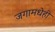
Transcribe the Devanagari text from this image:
जगामधेही